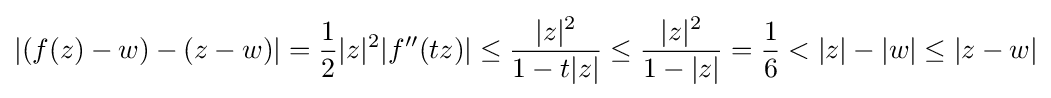
|(f(z)-w)-(z-w)|={\frac {1}{2}}|z|^{2}|f''(tz)|\leq {\frac {|z|^{2}}{1-t|z|}}\leq {\frac {|z|^{2}}{1-|z|}}={\frac {1}{6}}<|z|-|w|\leq |z-w|